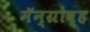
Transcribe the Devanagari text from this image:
मॅन्ग्रोव्ह